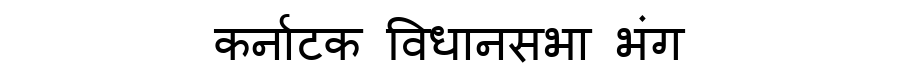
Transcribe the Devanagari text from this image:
कर्नाटक विधानसभा भंग